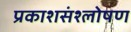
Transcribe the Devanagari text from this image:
प्रकाशसंश्लोषण